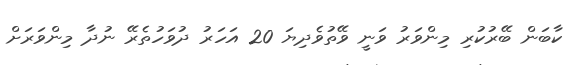
ކާބަން ބޭރުކުރި މިންވަރު ވަނީ ވޭތުވެދިޔަ 20 އަހަރު ދުވަހުތެރޭ ނުދާ މިންވަރަށް